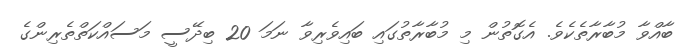
ބާއްވާ މުބާރާތެކެވެ. އެގޮތުން މި މުބާރާތުގައި ބައިވެރިވާ ނަމަ 20 ބިދޭސީ މަސައްކަތްތެރިންގެ